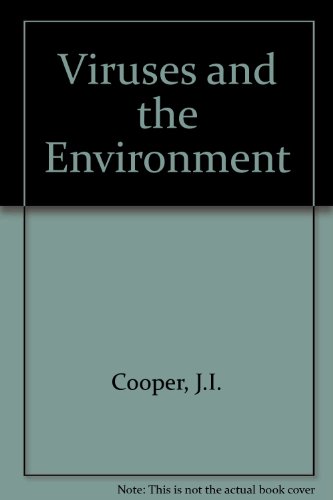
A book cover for Viruses and the Environment (Science paperbacks); J. I. Cooper; Medical Books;